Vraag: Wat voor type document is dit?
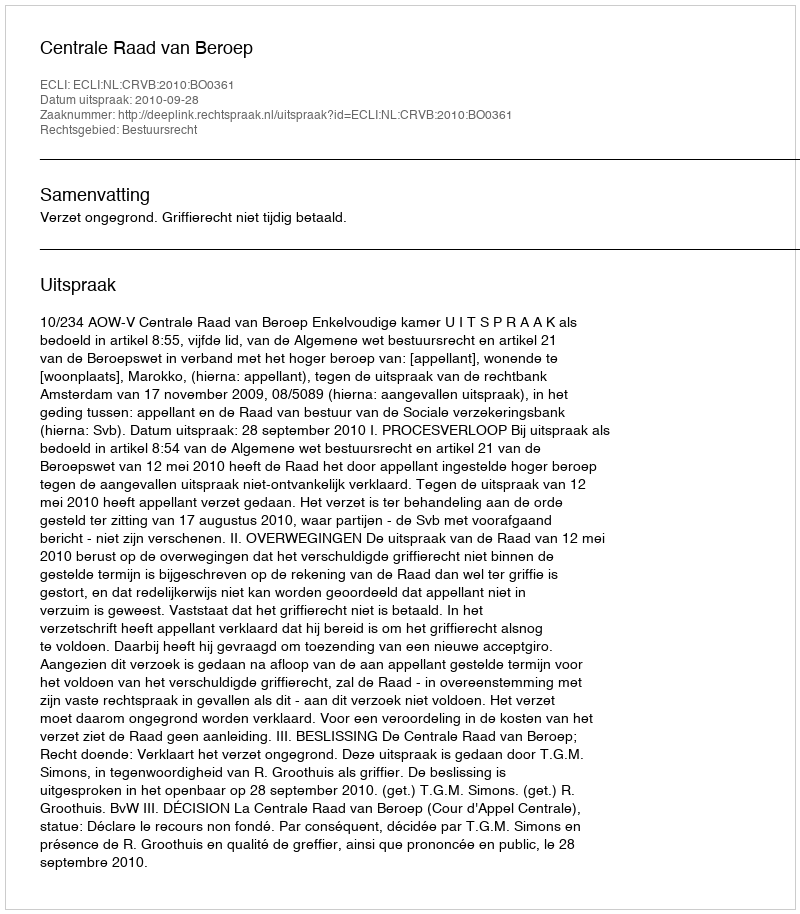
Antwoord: Uitspraak